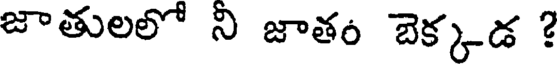
జాతులలో ని జాతం బెక్కడ ?